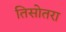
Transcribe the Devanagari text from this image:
तिसोतरा